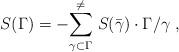
LaTeX: \begin{align*}S(\Gamma)=-{\sum^{\neq}_{\gamma\subset\Gamma}}\;S(\bar{\gamma})\cdot\Gamma/\gamma\;,\end{align*}